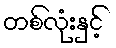
တစ်လုံးနှင့်